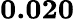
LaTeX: \mathbf{0.020}